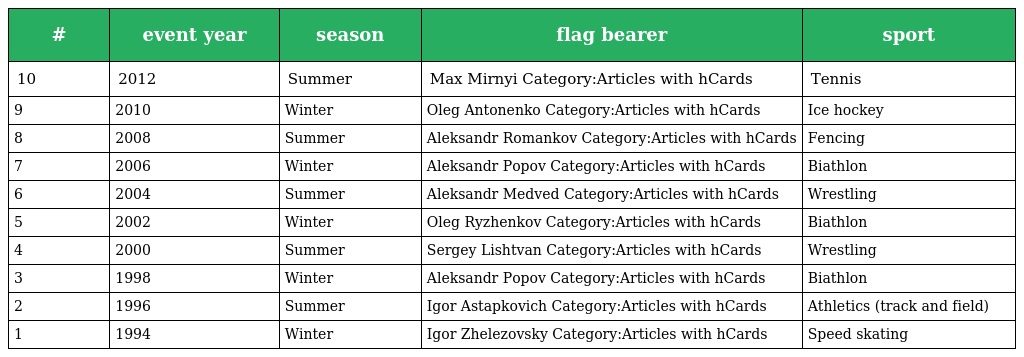
| # | event year | season | flag bearer | sport |
 | --- | --- | --- | --- | --- |
 | 10 | 2012 | Summer | Max Mirnyi Category:Articles with hCards | Tennis |
 | 9 | 2010 | Winter | Oleg Antonenko Category:Articles with hCards | Ice hockey |
 | 8 | 2008 | Summer | Aleksandr Romankov Category:Articles with hCards | Fencing |
 | 7 | 2006 | Winter | Aleksandr Popov Category:Articles with hCards | Biathlon |
 | 6 | 2004 | Summer | Aleksandr Medved Category:Articles with hCards | Wrestling |
 | 5 | 2002 | Winter | Oleg Ryzhenkov Category:Articles with hCards | Biathlon |
 | 4 | 2000 | Summer | Sergey Lishtvan Category:Articles with hCards | Wrestling |
 | 3 | 1998 | Winter | Aleksandr Popov Category:Articles with hCards | Biathlon |
 | 2 | 1996 | Summer | Igor Astapkovich Category:Articles with hCards | Athletics (track and field) |
 | 1 | 1994 | Winter | Igor Zhelezovsky Category:Articles with hCards | Speed skating |